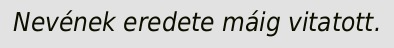
Nevének eredete máig vitatott.